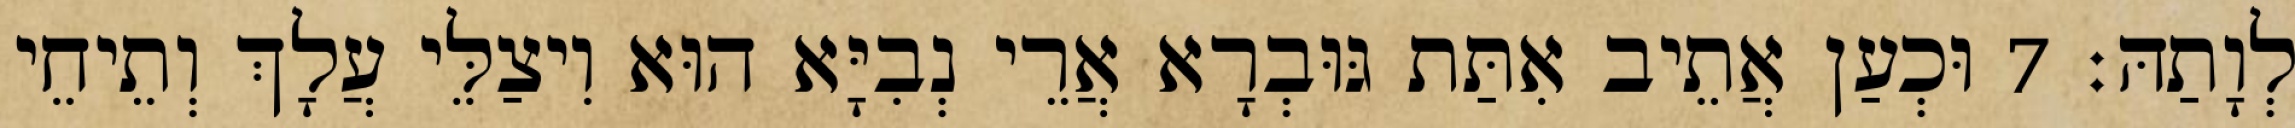
לְוָתַהּ׃ 7 וּכְעַן אֲתֵיב אִתַּת גּוּבְרָא אֲרֵי נְבִיָּא הוּא וִיצַלֵּי עֲלָךְ וְתֵיחֵי